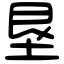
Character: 垦